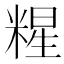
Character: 𱹏